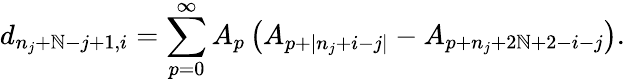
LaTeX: d_{n_{j}+\mathbb{N}-j+1,i}=\sum_{p=0}^{\infty}A_{p}\left(A_{p+|n_{j}+i-j|}-A_{p+n_{j}+2\mathbb{N}+2-i-j}\right).